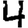
Digit: 4